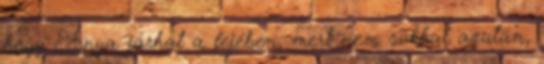
hogy Anya járhat a fejében, mert nem sokkal azután,